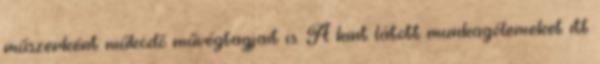
műszerként működő művégtagjait is. A kint látott munkagólemeket itt